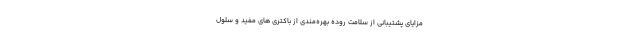
مزایای پشتیبانی از سلامت روده بهره‌مندی از باکتری های مفید و سلول